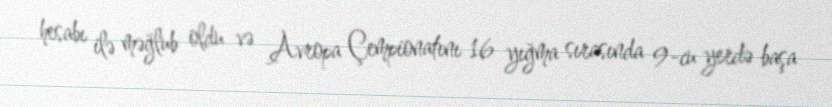
hesabı ilə məğlub oldu və Avropa Çempionatını 16 yığma sırasında 9-cu yerdə başa